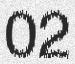
02